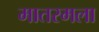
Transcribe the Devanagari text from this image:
मातरमला